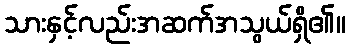
သားနှင့်လည်းအဆက်အသွယ်ရှိ၏။